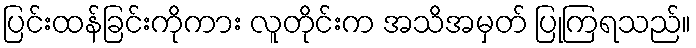
ပြင်းထန်ခြင်းကိုကား လူတိုင်းက အသိအမှတ် ပြုကြရသည်။